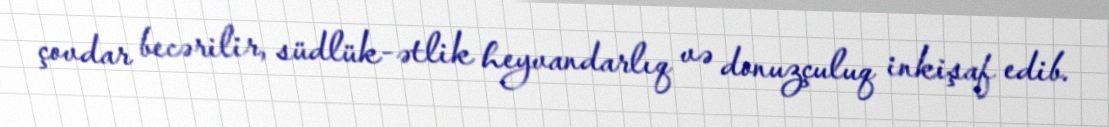
çovdar becərilir, südlük-ətlik heyvandarlıq və donuzçuluq inkişaf edib.